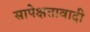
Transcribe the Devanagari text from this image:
सापेक्षतावादी